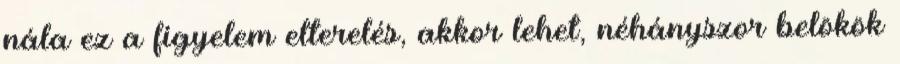
nála ez a figyelem elterelés, akkor lehet, néhányszor belökök